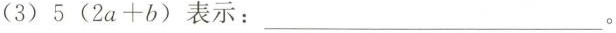
(3)$$5 ( 2 a + b )$$表示：___。